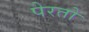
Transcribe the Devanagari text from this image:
पेरतो